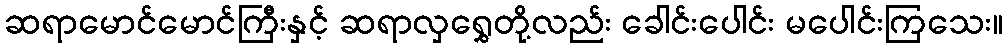
ဆရာမောင်မောင်ကြီးနှင့် ဆရာလှရွှေတို့လည်း ခေါင်းပေါင်း မပေါင်းကြသေး။